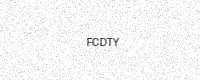
Text: FCDTY